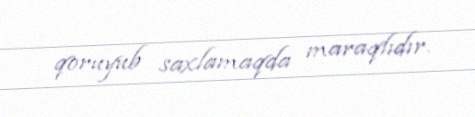
qoruyub saxlamaqda maraqlıdır.